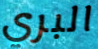
البري